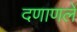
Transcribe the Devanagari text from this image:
दणाणलें